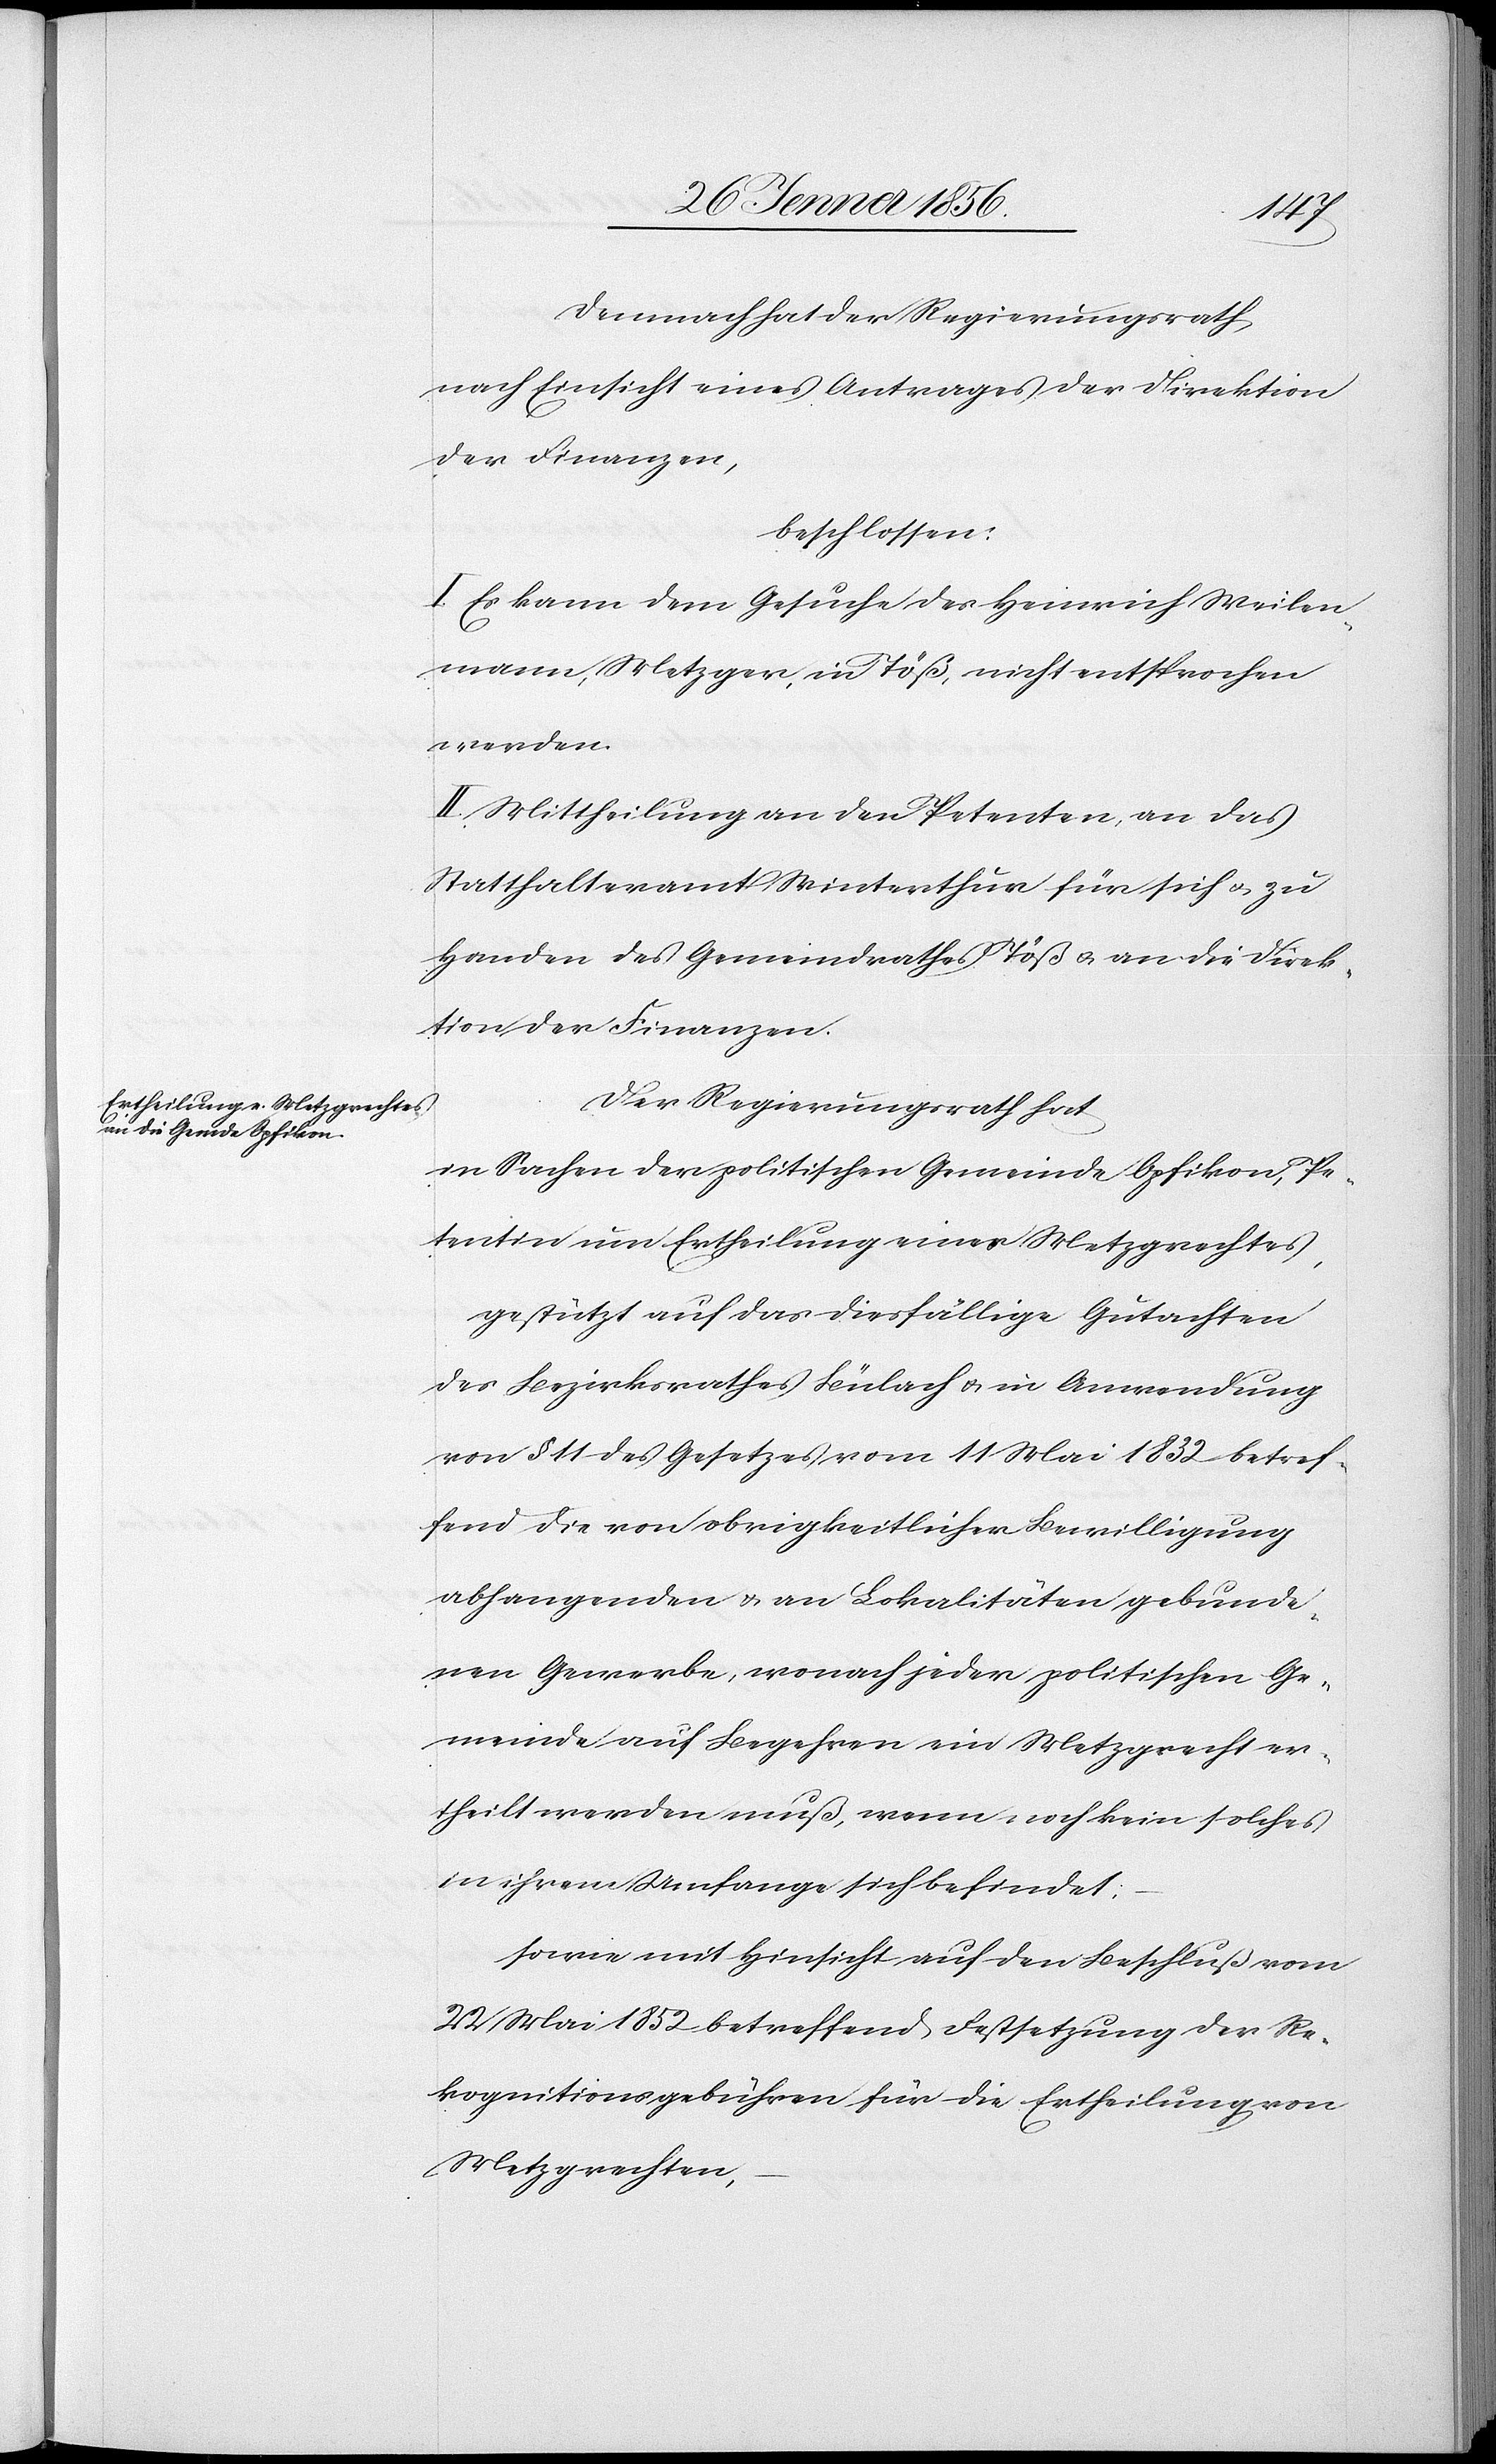
Demnach hat der Regierungsrath,
nach Einsicht eines Antrages der Direktion
der Finanzen,
beschlossen:
I. Es kann dem Gesuche des Heinrich Weilen¬
mann [sic!], Metzger, in Töß, nicht entsprochen
werden.
II. Mittheilung an den Petenten, an das
Statthalteramt Winterthur für sich u. zu
Handen des Gemeindrathes Töß u. an die Direk¬
tion der Finanzen.
Der Regierungsrath hat
in Sachen der politischen Gemeinde Opfikon, Pe¬
tentin um Ertheilung eines Metzgrechtes,
gestützt auf das diesfällige Gutachten
des Bezirksrathes Bülach u. in Anwendung
von § 11 des Gesetzes vom 11 Mai 1832 betref¬
fend die von obrigkeitlicher Bewilligung
abhangenden u. an Lokalitäten gebunde¬
nen Gewerbe, wonach jeder politischen Ge¬
meinde auf Begehren ein Metzgrecht er¬
theilt werden muß, wenn noch kein solches
in ihrem Umfange sich befindet;
sowie mit Hinsicht auf den Beschluß vom
22 Mai 1852 betreffend Festsetzung der Re¬
kognitionsgebühren für die Ertheilung von
Metzgrechten,